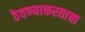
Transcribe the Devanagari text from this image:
ठेवण्याकरताचा